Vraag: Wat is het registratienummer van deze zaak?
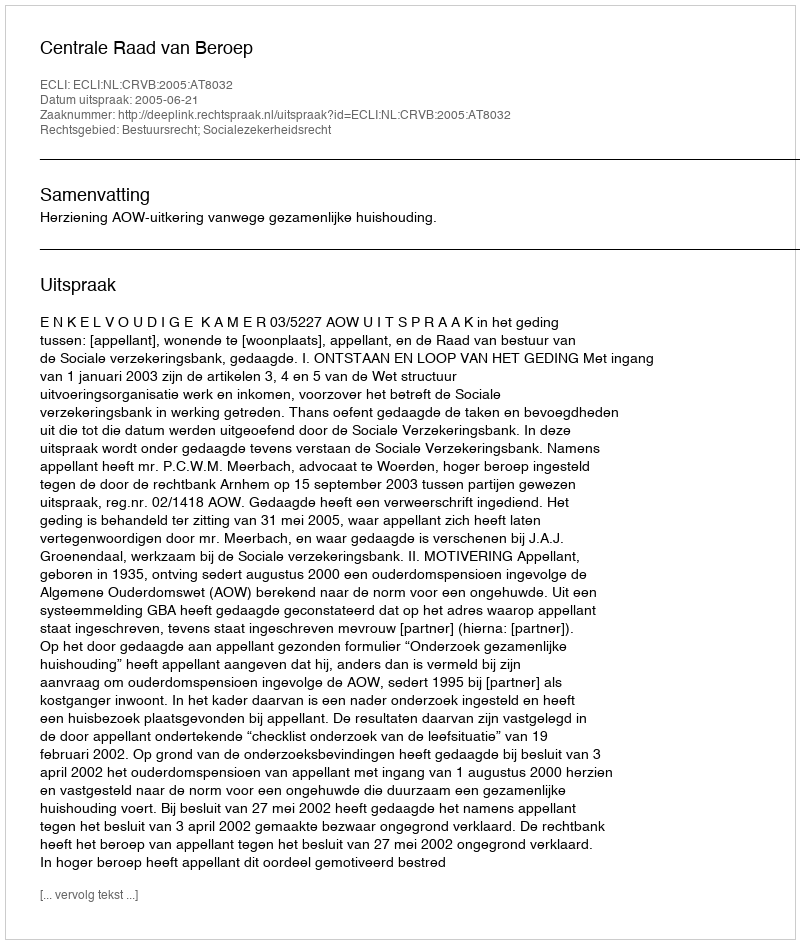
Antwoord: http://deeplink.rechtspraak.nl/uitspraak?id=ECLI:NL:CRVB:2005:AT8032